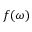
f ( \omega )